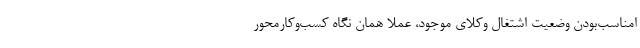
امناسب‌بودن وضعیت اشتغال وکلای موجود، عملا همان نگاه کسب‌وکار‌محور